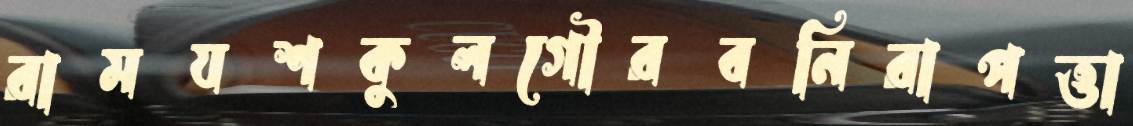
রামযশকুলগৌরবনিরাপত্তা